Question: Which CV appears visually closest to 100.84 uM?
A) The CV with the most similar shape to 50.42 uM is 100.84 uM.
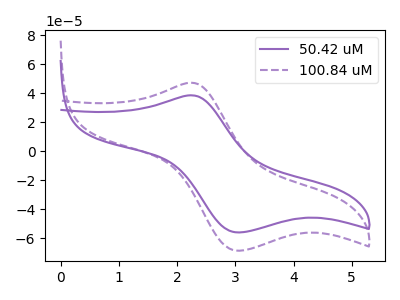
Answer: <think>The purple curve "50.42 uM" has an anodic peak at (2.25V, 38.50uA) and a cathodic peak at (3.05V, -56.00uA). The purple dashed curve "100.84 uM" has an anodic peak at (2.25V, 47.15uA) and a cathodic peak at (3.05V, -68.60uA).
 All the peaks in "50.42 uM" have a peak in "100.84 uM" at the same potential. Every peak in "50.42 uM" is lower than every peak in "100.84 uM".</think>
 <answer>A) The CV with the most similar shape to "50.42 uM" is "100.84 uM".</answer>
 <eval>A</eval>